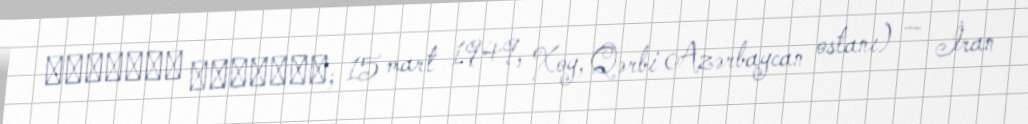
غلامرضا آقازاده; 15 mart 1949, Xoy, Qərbi Azərbaycan ostanı) — İran